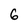
Character: 6